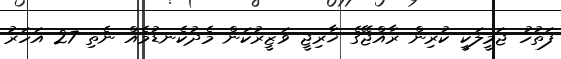
ފަތުހު ޖަމީލަކީ ކުރިން ރާއްޖޭގެ ޚާރިޖީ ވަޒީރުކަން މެދުކެނޑުމެއް ނެތި 27 އަހަރު